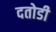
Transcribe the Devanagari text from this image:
दतोडी